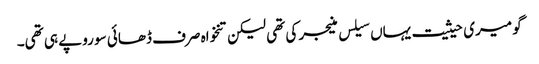
گو میری حیثیت یہاں سیلس منیجر کی تھی لیکن تنخواہ صرف ڈھائی سو روپے ہی تھی۔